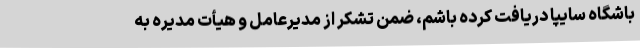
باشگاه سایپا دریافت کرده باشم، ضمن تشکر از مدیرعامل و هیأت مدیره به